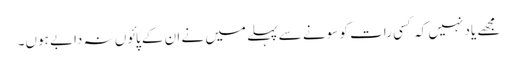
مجھے یاد نہیں کہ کسی رات کو سونے سے پہلے میں نے ان کے پائوں نہ دابے ہوں۔